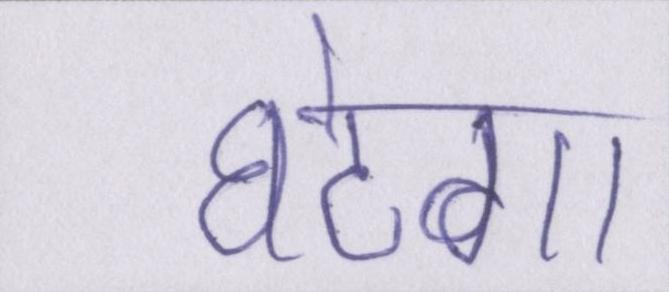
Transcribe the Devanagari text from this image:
घटेगा